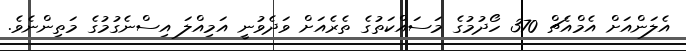
އެލަންއަށް އެމްއެޗް 370 ހޯދުމުގެ މަސައްކަތުގެ ތެރެއަށް ވަދެވުނީ އަމިއްލަ އިސްނެގުމުގެ މަތިންނެވެ.